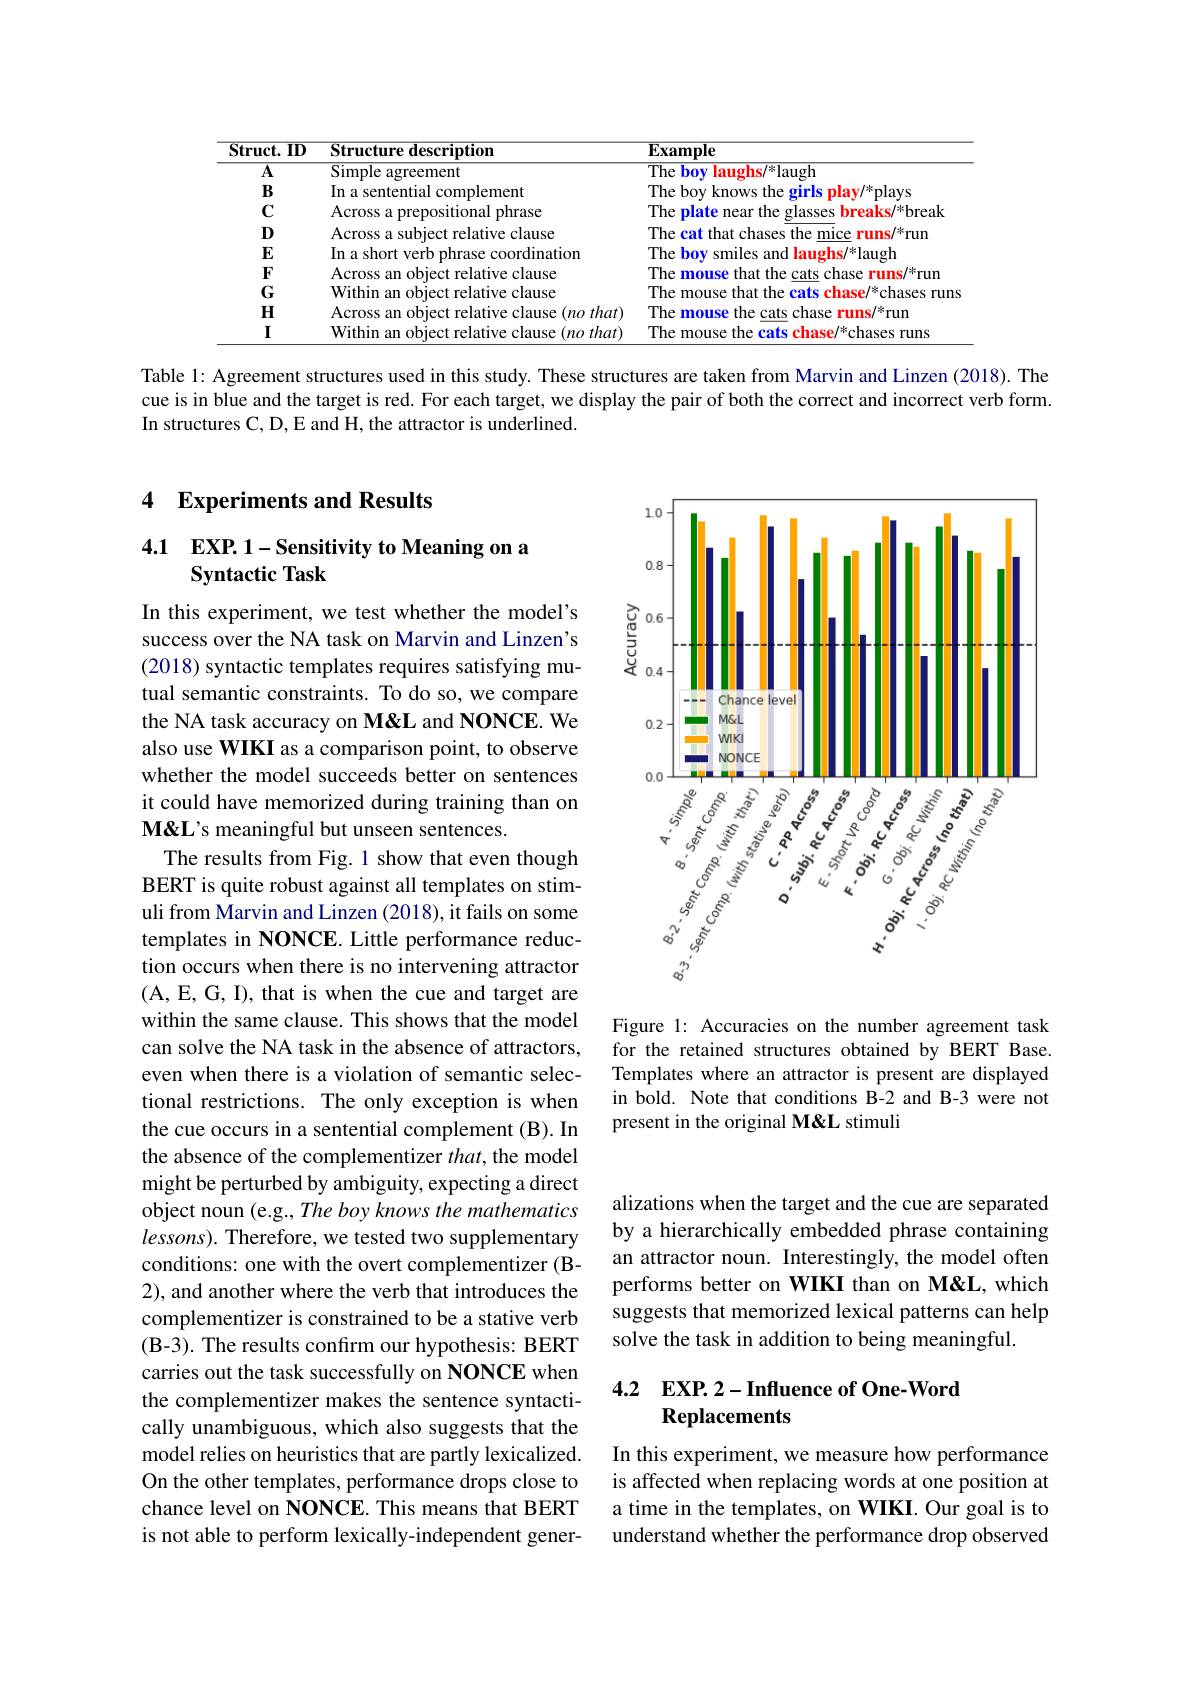
<table>
	<tbody>
		<tr>
			<th>$\mathbf{Struct.}$ $.\mathbf{ID}$</th>
			<th>Structure description</th>
			<th>$\mathbf{Example}$</th>
		</tr>
		<tr>
			<td>$\overline{\mathbf{A}}$</td>
			<td>${\mathrm{Simple~agreement}}$</td>
			<td>The bov laughs/*laugh</td>
		</tr>
		<tr>
			<td>$B$</td>
			<td>In a sentential complement</td>
			<td>$17he$ hou knows fhe oriric nlav/*nla</td>
		</tr>
		<tr>
			<td>$C$</td>
			<td>Across a prepositional phrase</td>
			<td>The plate near the glasses breaks/*break</td>
		</tr>
		<tr>
			<td>$D$</td>
			<td>Across a subject relative clause</td>
			<td>$1*run$ $1rh\epsilon$ that chases 1ne</td>
		</tr>
		<tr>
			<td>$E$</td>
			<td>In a short verb phrase coordination</td>
			<td>$/*|a||a||$ $\Gamma he$ hn and langhs</td>
		</tr>
		<tr>
			<td>$F$</td>
			<td>Across an obiect relative clause</td>
			<td>The hat $1fe$ /*rur</td>
		</tr>
		<tr>
			<td>G</td>
			<td>Within an object relative clause</td>
			<td>that the $/{}^{*}{\mathrm{chases}}$ $1rh\epsilon$ mouse rafc hase mm</td>
		</tr>
		<tr>
			<td>$H$</td>
			<td>Across an object relative clause $(nothat)$</td>
			<td>The the cats chase 3/米run molise runs</td>
		</tr>
		<tr>
			<td>$I$</td>
			<td>Within an object relative clause $(nothat)$</td>
			<td>$/^{*}$chases The molise the Cafe whacp TIIns</td>
		</tr>
	</tbody>
</table>

Table l: Agreement structures used in this study. These structures are taken from Marvin and Linzen (2018). The cue is in blue and the target is red. For each target, we display the pair of both the correct and incorrect verb form. In structures C, D, E and H, the attractor is underlined.

## 4 Experiments and Results

## 4.1 $\mathbf{EXP}.$ Sensitivity to Meaning on a Syntactic Task

<FigureHere>

Figure 1: Accuracies on the number agreement task for the retained structures obtained by BERT Base. Templates where an attractor is present are displayed in bold. Note that conditions B-2 and B-3 were not present in the original M&L stimuli

In this experiment, we test whether the model's success over the NA task on Marvin and Linzen's (2018) syntactic templates requires satisfying mutual semantic constraints. To do so, we compare the NA task accuracy on M&L and NONCE. We also use WIKI as a comparison point, to observe whether the model succeeds better on sentences it could have memorized during training than on $\mathbf{M\&L's~meaningful~but~unseen~sentences.}$
The results from Fig. 1 show that even though BERT is quite robust against all templates on stimuli from Marvin and Linzen (2018), it fails on some templates in NONCE. Little performance reduction occurs when there is no intervening attractor (A, E, G, I), that is when the cue and target are within the same clause. This shows that the model can solve the NA task in the absence of attractors, even when there is a violation of semantic selectional restrictions. The only exception is when the cue occurs in a sentential complement (B). In the absence of the complementizer $that$, the model might be perturbed by ambiguity, expecting a direct object noun (e.g., The boy knows the mathematics $lessons).$ Therefore, we tested two supplementary conditions: one with the overt complementizer (B- 2), and another where the verb that introduces the complementizer is constrained to be a stative verb (B-3). The results confirm our hypothesis: BERT carries out the task successfully on NONCE when the complementizer makes the sentence syntactically unambiguous, which also suggests that the model relies on heuristics that are partly lexicalized. On the other templates, performance drops close to chance level on NONCE. This means that BERT is not able to perform lexically-independent gener-

alizations when the target and the cue are separated by a hierarchically embedded phrase containing an attractor noun. Interestingly, the model often performs better on WIKI than on M&L, which suggests that memorized lexical patterns can help solve the task in addition to being meaningful.

### 4.2 EXP. 2-Influence of One-Word Replacements

In this experiment, we measure how performance is affected when replacing words at one position at a time in the templates, on WIKI. Our goal is to understand whether the performance drop observed